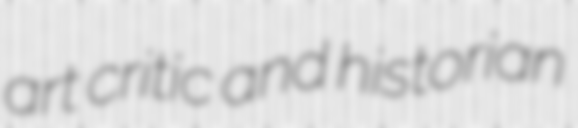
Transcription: art critic and historian